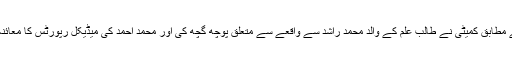
ذرائع کے مطابق کمیٹی نے طالب علم کے والد محمد راشد سے واقعے سے متعلق پوچھ گچھ کی اور محمد احمد کی میڈیکل رپورٹس کا معائنہ بھی کیا۔